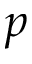
p